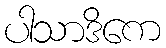
ပါသာဒိကေ